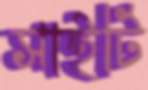
সাইটি